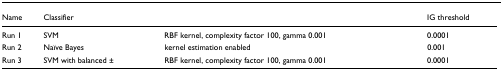
<table><thead><tr><td><b>Name</b></td><td><b>Classifier</b></td><td></td><td><b>IG threshold</b></td></tr></thead><tbody><tr><td>Run 1</td><td>SVM</td><td>RBF kernel, complexity factor 100, gamma 0.001</td><td>0.0001</td></tr><tr><td>Run 2</td><td>Naïve Bayes</td><td>kernel estimation enabled</td><td>0.001</td></tr><tr><td>Run 3</td><td>SVM with balanced ±</td><td>RBF kernel, complexity factor 100, gamma 0.001</td><td>0.0001</td></tr></tbody></table>